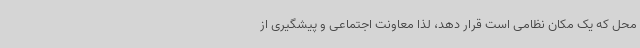
محل که یک مکان نظامی است قرار دهد، لذا معاونت اجتماعی و پیشگیری از